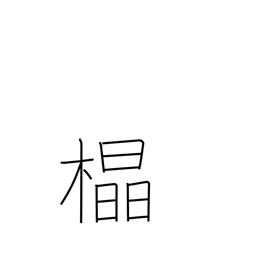
Meaning: straight grain